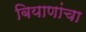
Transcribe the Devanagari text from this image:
बियाणांचा